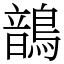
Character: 鶕